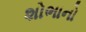
શોભાનો